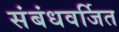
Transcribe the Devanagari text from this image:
संबंधवर्जित